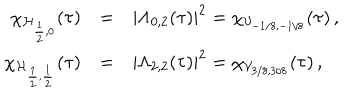
\renewcommand { \arraystretch } { 1 . 2 } \begin{array} { r c l } { { \chi _ { \mathcal { H } _ { \frac 1 2 , 0 } } ( \tau ) } } & { { = } } & { { | \Lambda _ { 0 , 2 } ( \tau ) | ^ { 2 } = \chi _ { \mathcal { V } _ { - 1 / 8 , - 1 / 8 } } ( \tau ) \, , } } \\ { { \chi _ { \mathcal { H } _ { \frac 1 2 , \frac 1 2 } } ( \tau ) } } & { { = } } & { { | \Lambda _ { 2 , 2 } ( \tau ) | ^ { 2 } = \chi _ { \mathcal { V } _ { 3 / 8 , 3 / 8 } } ( \tau ) \, , } } \\ \end{array}